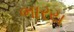
ભારય